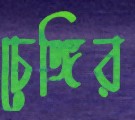
চেঙ্গির